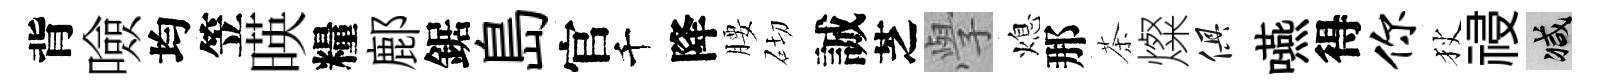
背噞均笠暎糧鄜鋸島官千降腰砌誠芝𭓕熄那茶燦俱嚥得你狄祲减